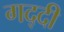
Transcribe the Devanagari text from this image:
गद्‍दी